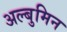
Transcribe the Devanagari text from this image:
अल्बुमिन